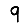
Digit: 9